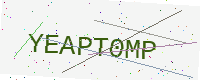
Text: YEAPT0MP